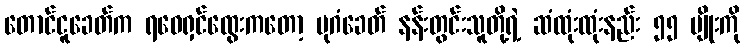
တောင်ငူခေတ်က ရဝေရှင်ထွေးကတော့ ပုဂံခေတ် နန်းတွင်းသူတို့ရဲ့ ဆံထုံးထုံးနည်း ၅၅ မျိုးကို